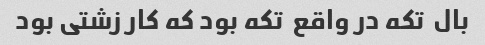
بال  تکه در واقع  تکه بود که کار زشتی بود